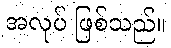
အလုပ် ဖြစ်သည်။